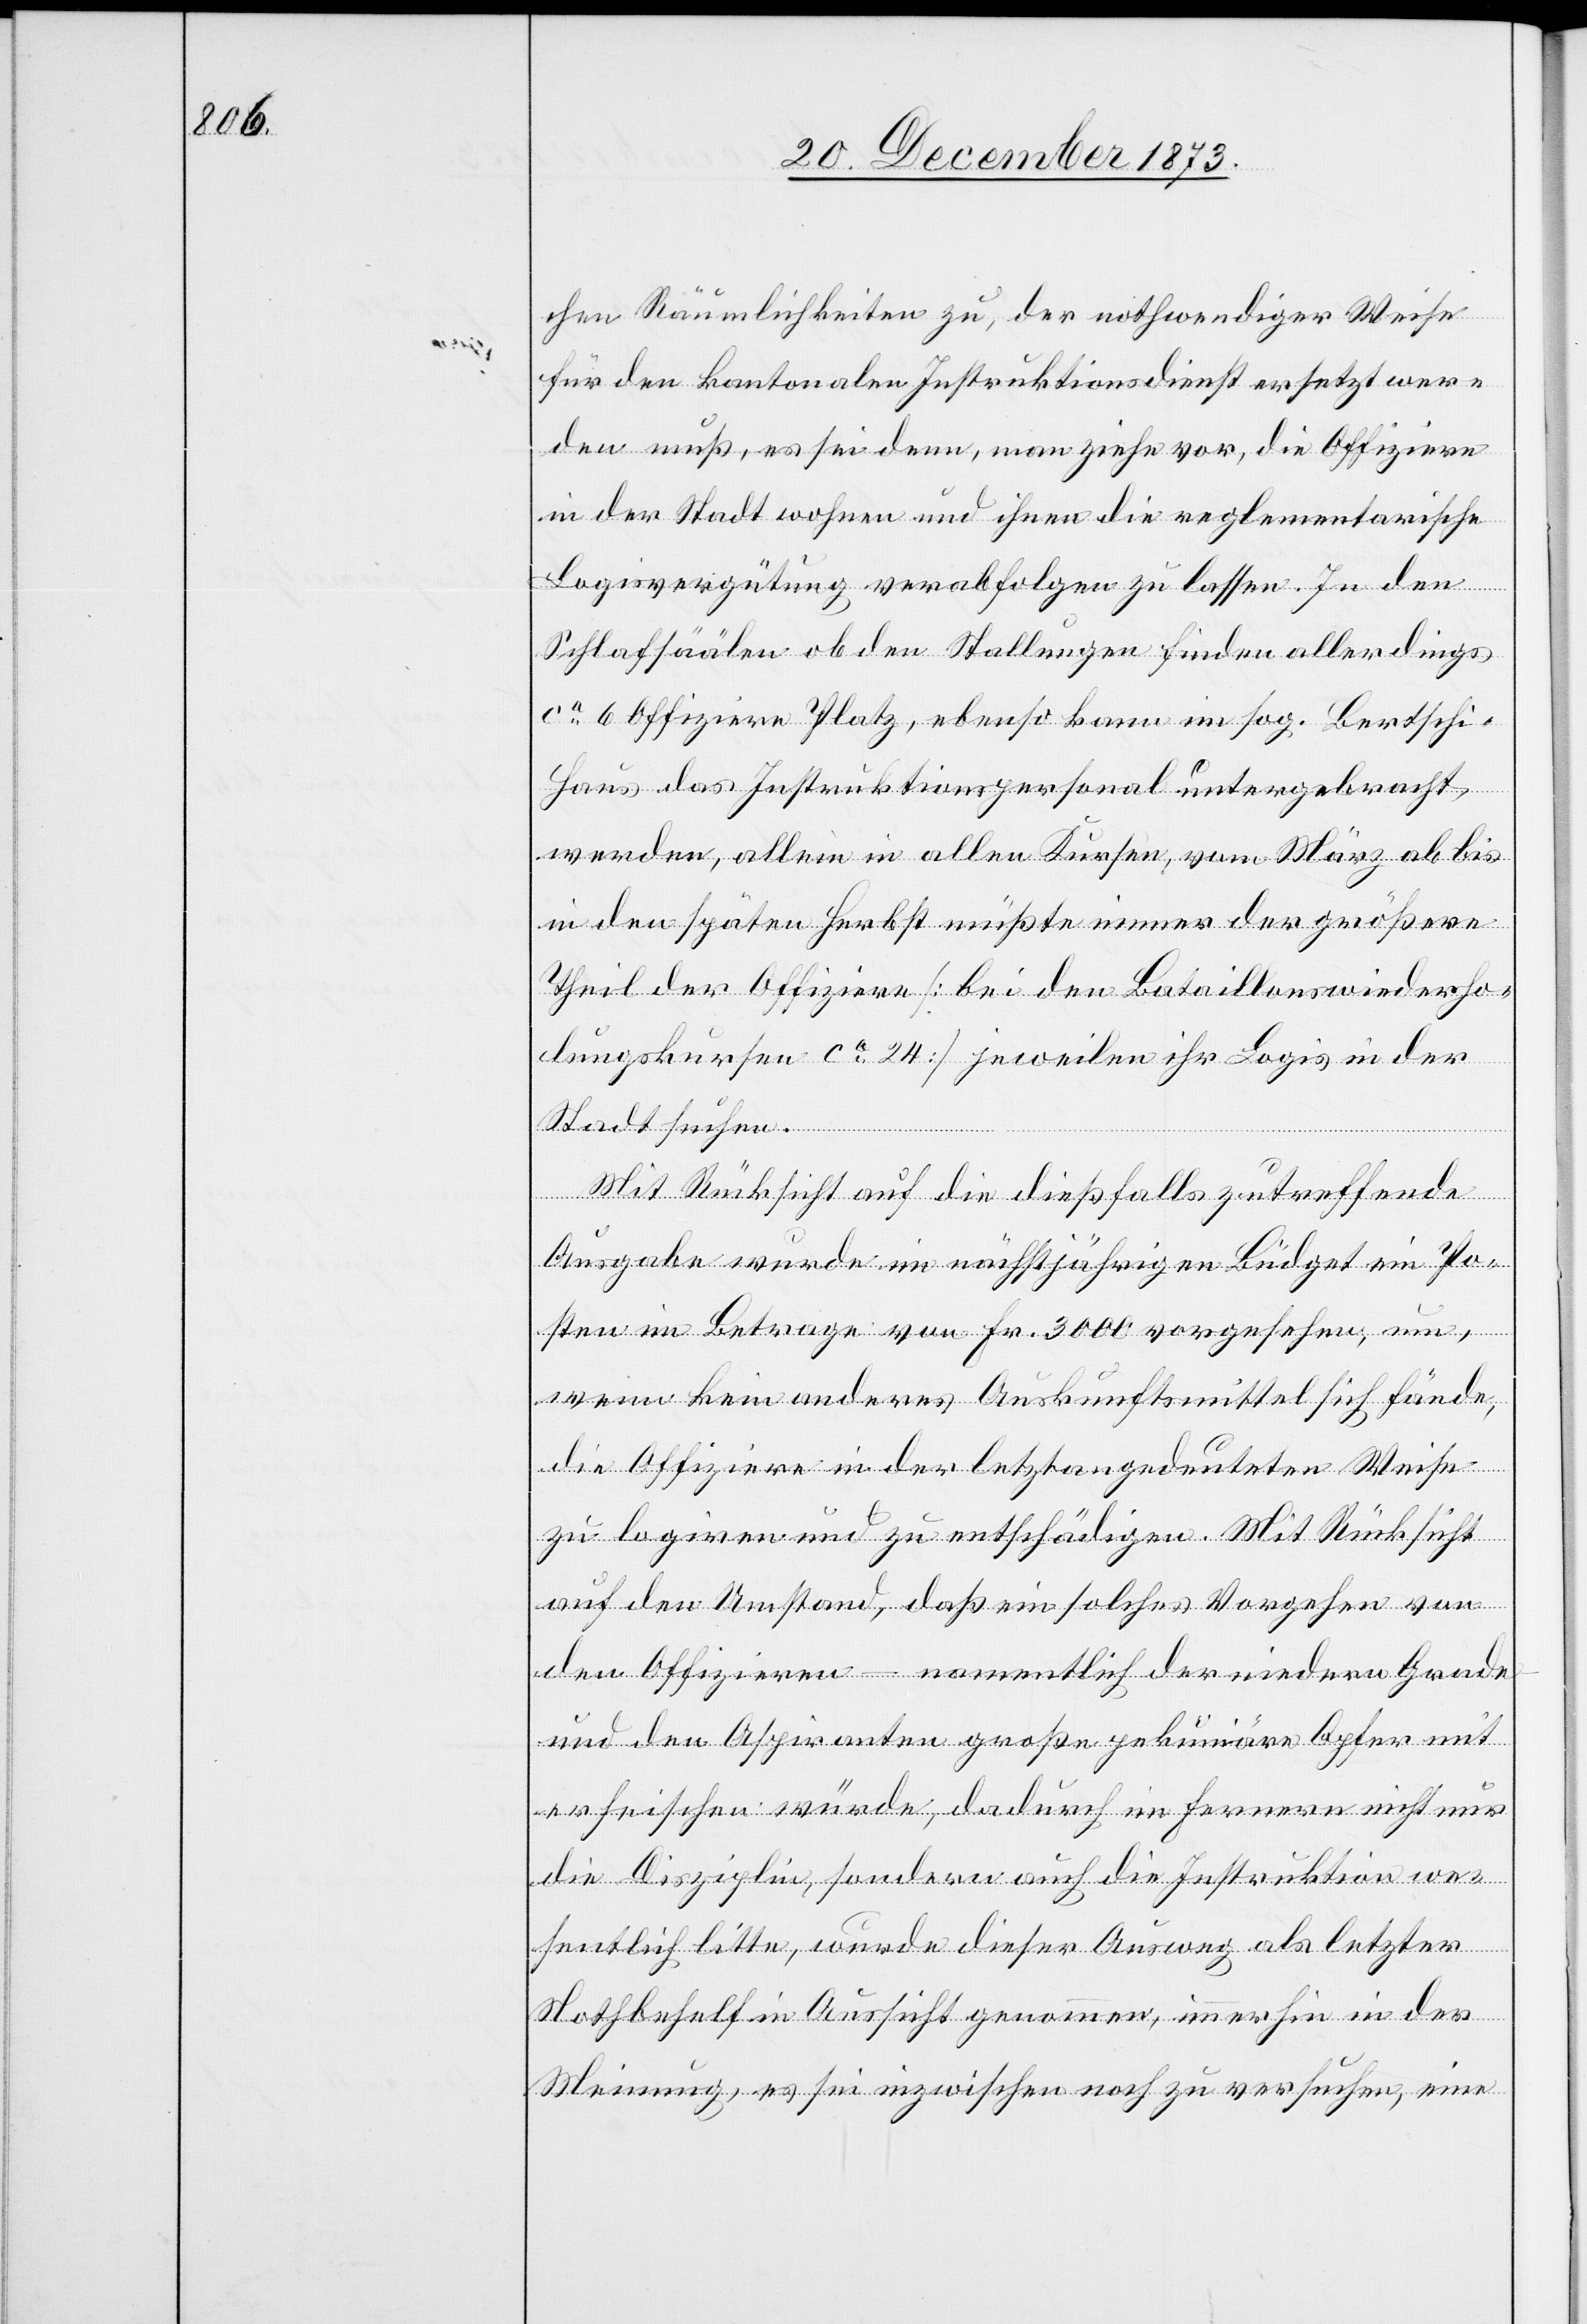
chen Räumlichkeiten zu, der nothwendiger Weise
für den kantonalen Instruktionsdienst ersetzt wer¬
den muß, es sei denn, man ziehe vor, die Offiziere
in der Stadt wohnen und ihnen die reglementarische
Logisvergütung verabfolgen zu lassen. In den
Schlafsäälen ob den Stallungen finden allerdings
ca 6 Offiziere Platz, ebenso kann im sog. Bertsch¬
i-Haus das Instruktionspersonal untergebracht
werden, allein in allen Kursen, vom März ab bis
in den späten Herbst müßte immer der größere
Theil der Offiziere [bei den Bataillonswiederho¬
lungskursen ca 24] jeweilen ihr Logis in der
Stadt suchen.
Mit Rücksicht auf die dießfalls zutreffende
Ausgabe wurde im nächstjährigen Büdget ein Po¬
sten im Betrage von Fr. 3 000 vorgesehen, um,
wenn kein anderes Auskunftsmittel sich fände,
die Offiziere in der letztangedeuteten Weise
zu logiren und zu entschädigen. Mit Rücksicht
auf den Umstand, daß ein solches Vorgehen von
den Offizieren – namentlich der niedern Grade
und den Aspiranten große pekuniäre Opfer mit
erheischen würde, dadurch im Fernern nicht nur
die Disziplin, sondern auch die Instruktion we¬
sentlich litte, wurde dieser Ausweg als letzter
Nothbehelf in Aussicht genommen, immerhin in der
Meinung, es sei inzwischen noch zu versuchen, eine